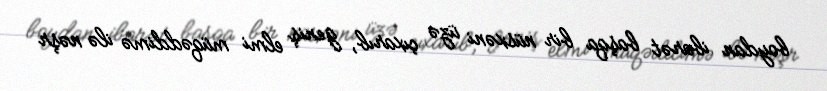
boydan ibarət başqa bir nüsxəni üzə çıxarıb, geniş elmi müqəddimə ilə nəşr